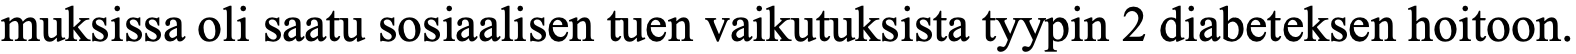
muksissa oli saatu sosiaalisen tuen vaikutuksista tyypin 2 diabeteksen hoitoon.